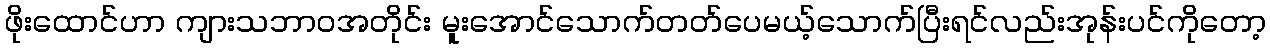
ဖိုးထောင်ဟာ ကျားသဘာဝအတိုင်း မူးအောင်သောက်တတ်ပေမယ့်သောက်ပြီးရင်လည်းအုန်းပင်ကိုတော့